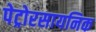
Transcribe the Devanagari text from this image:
पेट्रोरसायनिक